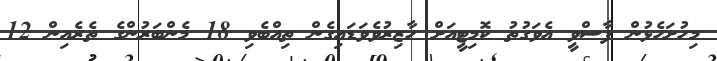
މިހުށަހެޅުން ފާސްވީ އެވަގުތު ކޮމިޓީއަށް ހާޒިރުވެވަޑައިގެން ތިއްބެވި 18 މެންބަރުންގެ ތެރެއިން 12